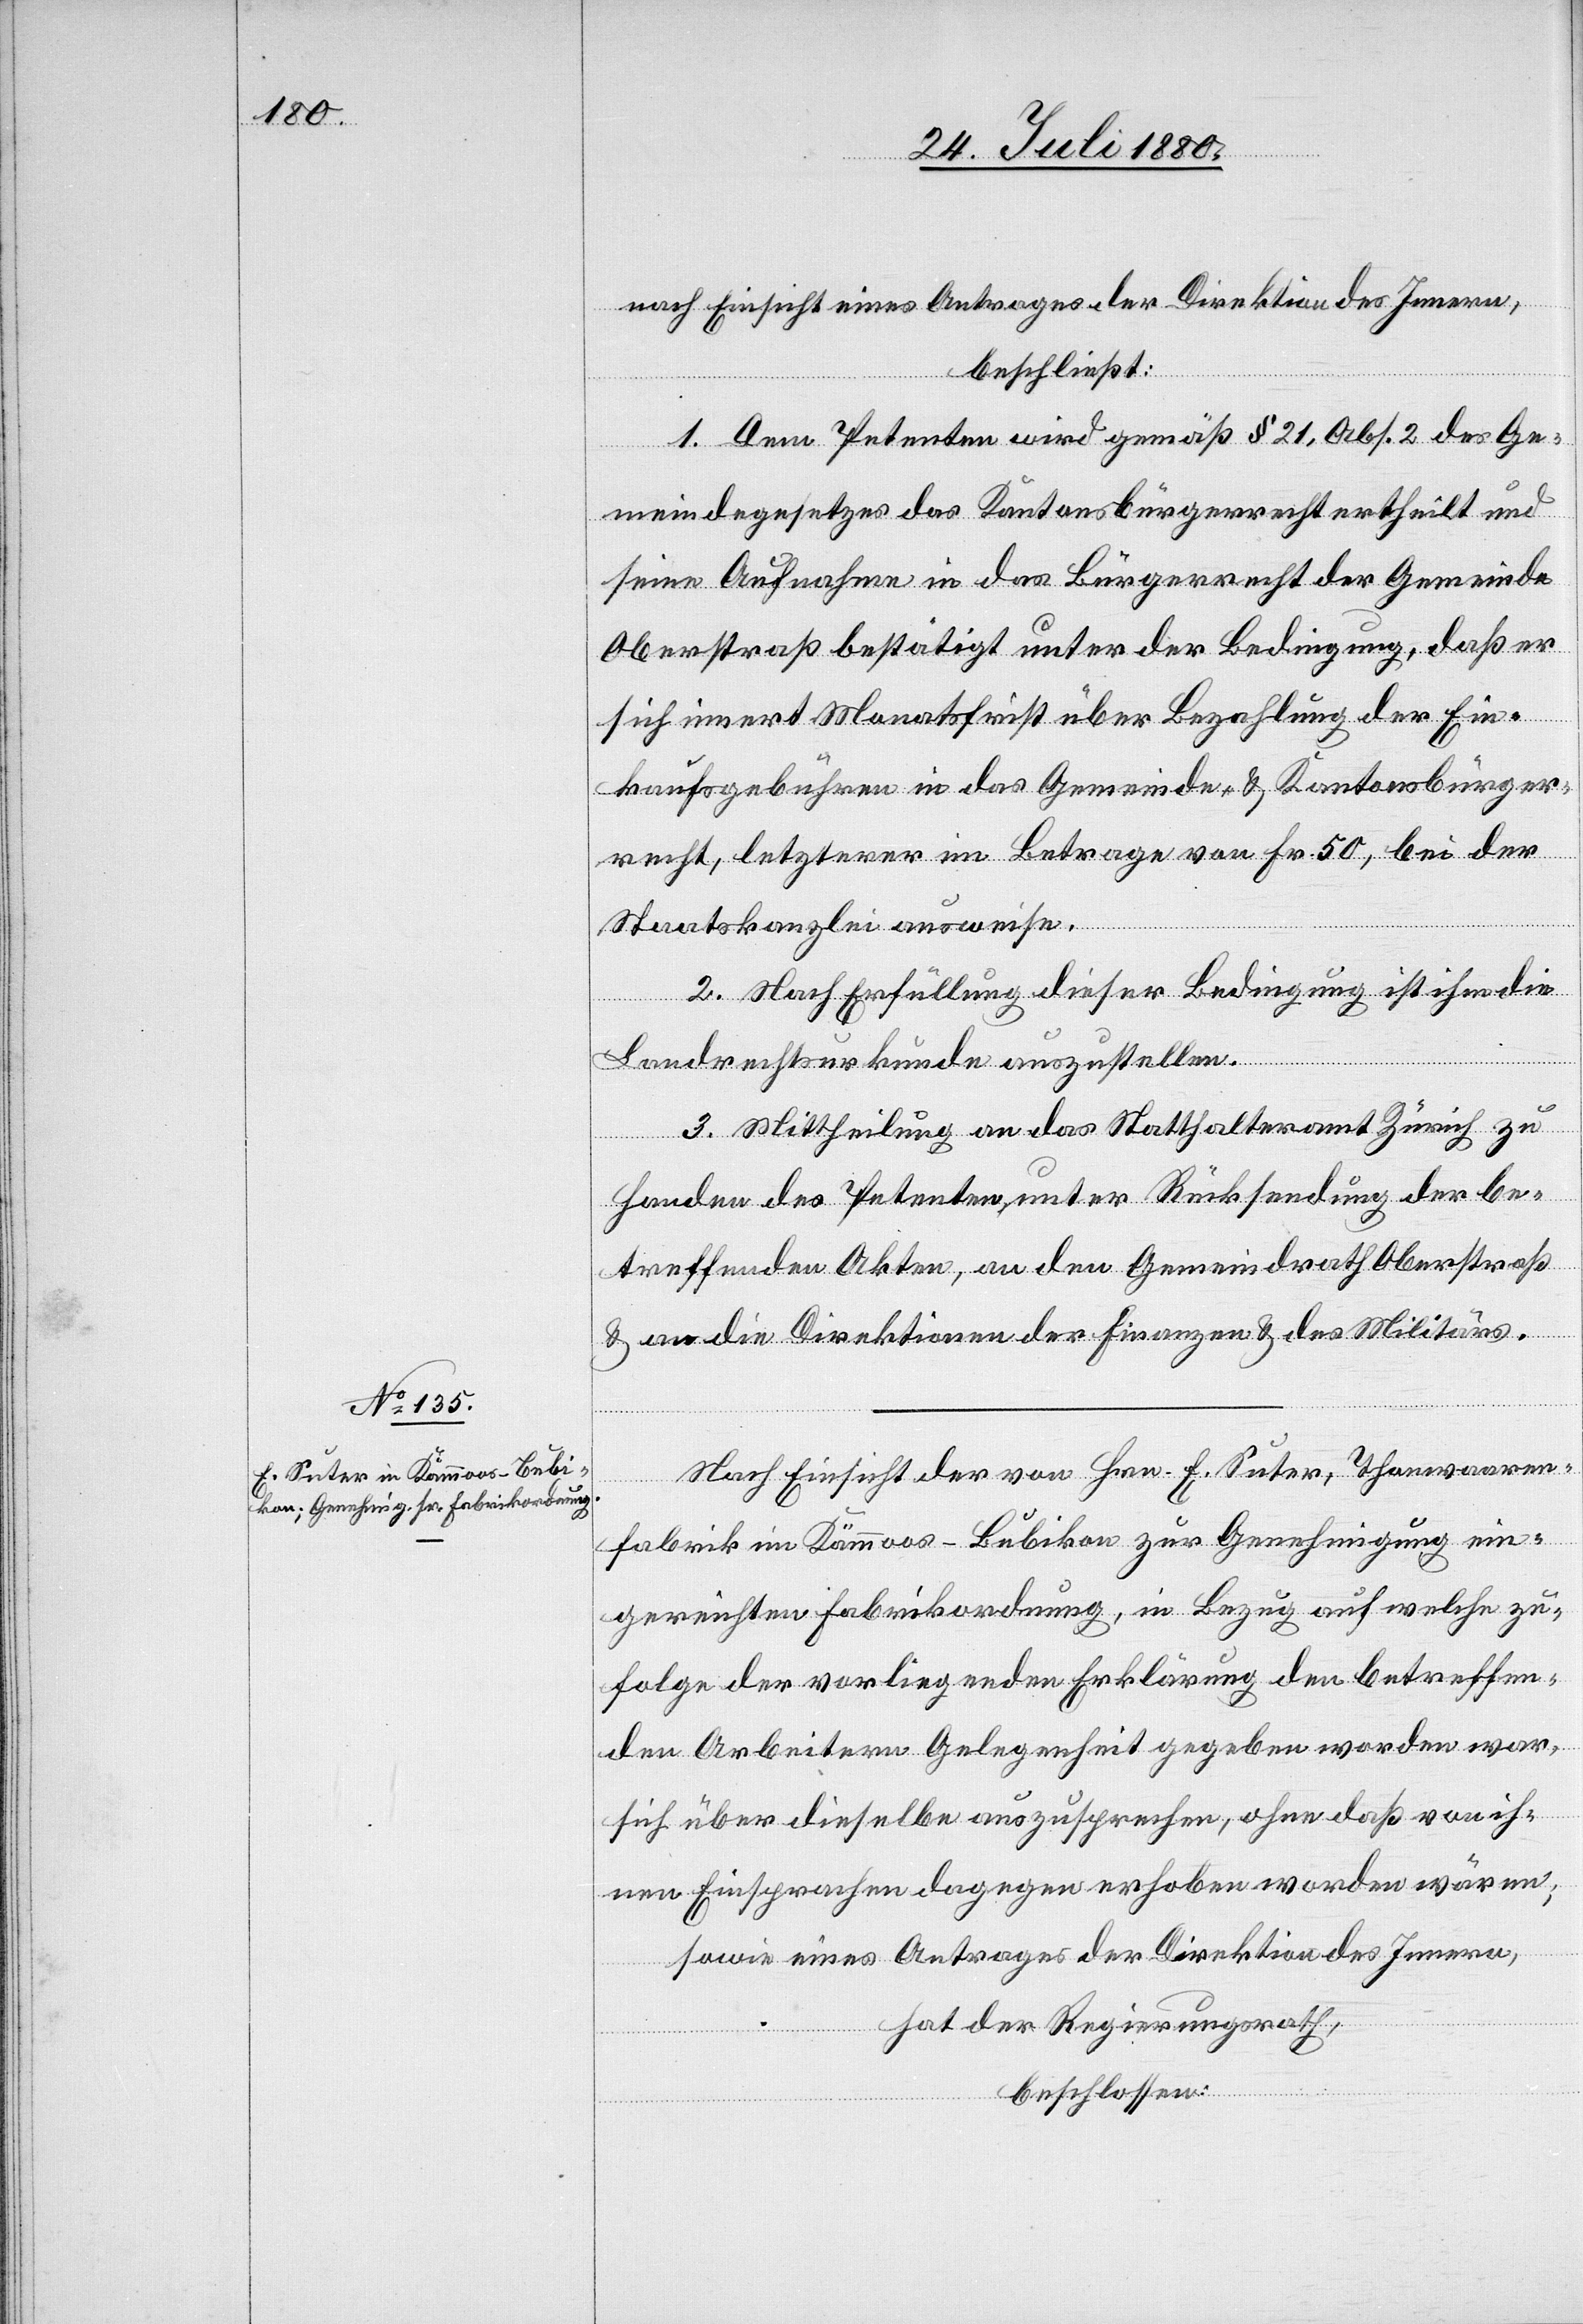
nach Einsicht eines Antrages der Direktion des Innern,
beschließt:
1. Dem Petenten wird gemäß § 21. Abs. 2 des Ge¬
meindegesetzes das Kantonsbürgerrecht ertheilt und
seine Aufnahme in das Bürgerrecht der Gemeinde
Oberstraß bestätigt unter der Bedingung, daß er
sich innert Monatsfrist über Bezahlung der Ein¬
kaufsgebühren in das Gemeinde- & Kantonsbürger¬
recht, letzterer im Betrage von Fr. 50, bei der
Staatskanzlei ausweise.
2. Nach Erfüllung dieser Bedingung ist ihm die
Landrechtsurkunde auszustellen.
3. Mittheilung an das Statthalteramt Zürich zu
Handen des Petenten, unter Rücksendung der be¬
treffenden Akten, an den Gemeindrath Oberstraß
& an die Direktionen der Finanzen & des Militärs.
Nach Einsicht der von Hrn. E. Suter, Pfannwaaren¬
fabrik im Kämmoos - Bubikon zur Genehmigung ein¬
gereichten Fabrikordnung, in Bezug auf welche zu¬
folge der vorliegenden Erklärung den betreffen¬
den Arbeitern Gelegenheit gegeben worden war,
sich über dieselbe auszusprechen, ohne daß von ih¬
nen Einsprachen dagegen erhoben worden wären,
sowie eines Antrages der Direktion des Innern,
hat der Regierungsrath,
beschlossen: